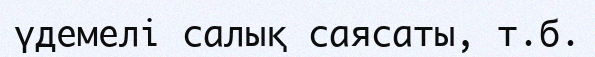
үдемелі салық саясаты, т.б.